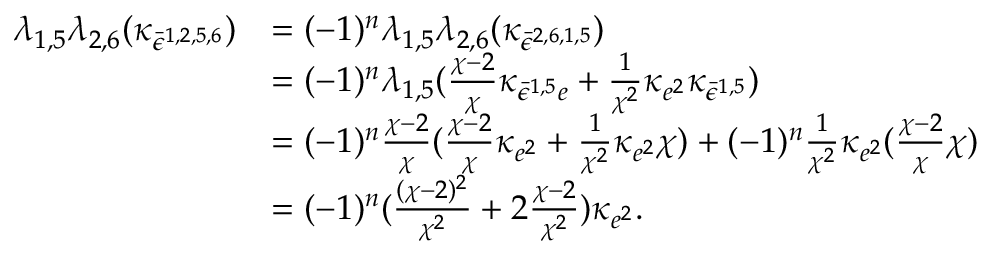
\begin{array} { r l } { \lambda _ { 1 , 5 } \lambda _ { 2 , 6 } ( \kappa _ { \bar { \epsilon } ^ { 1 , 2 , 5 , 6 } } ) } & { = ( - 1 ) ^ { n } \lambda _ { 1 , 5 } \lambda _ { 2 , 6 } ( \kappa _ { \bar { \epsilon } ^ { 2 , 6 , 1 , 5 } } ) } \\ & { = ( - 1 ) ^ { n } \lambda _ { 1 , 5 } ( \frac { \chi - 2 } { \chi } \kappa _ { \bar { \epsilon } ^ { 1 , 5 } e } + \frac { 1 } { \chi ^ { 2 } } \kappa _ { e ^ { 2 } } \kappa _ { \bar { \epsilon } ^ { 1 , 5 } } ) } \\ & { = ( - 1 ) ^ { n } \frac { \chi - 2 } { \chi } ( \frac { \chi - 2 } { \chi } \kappa _ { e ^ { 2 } } + \frac { 1 } { \chi ^ { 2 } } \kappa _ { e ^ { 2 } } \chi ) + ( - 1 ) ^ { n } \frac { 1 } { \chi ^ { 2 } } \kappa _ { e ^ { 2 } } ( \frac { \chi - 2 } { \chi } \chi ) } \\ & { = ( - 1 ) ^ { n } ( \frac { ( \chi - 2 ) ^ { 2 } } { \chi ^ { 2 } } + 2 \frac { \chi - 2 } { \chi ^ { 2 } } ) \kappa _ { e ^ { 2 } } . } \end{array}